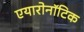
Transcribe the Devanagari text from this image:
एयारोनॉटिक